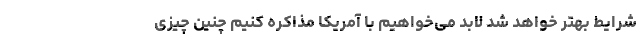
شرایط بهتر خواهد شد لابد می‌خواهیم با آمریکا مذاکره کنیم چنین چیزی